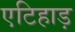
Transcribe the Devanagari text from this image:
एटिहाड़